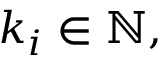
\; k _ { i } \in \mathbb { N } ,